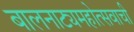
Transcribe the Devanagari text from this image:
बालनाट्यमहोत्सवाची